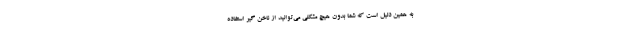
به همین دلیل است که شما بدون هیچ مشکلی می‌توانید از ناخن گیر استفاده